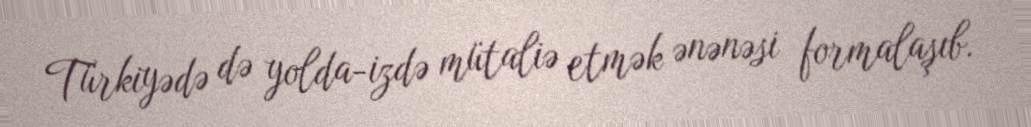
Türkiyədə də yolda-izdə mütaliə etmək ənənəsi formalaşıb.